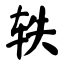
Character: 轶